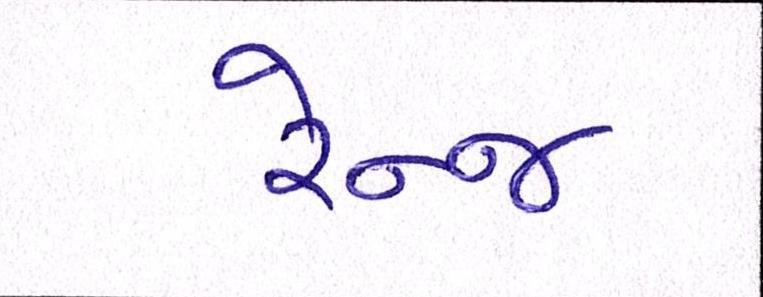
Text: રેન્જ